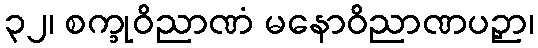
၃၂၊ စက္ခုဝိညာဏံ မနောဝိညာဏပဉှာ၊